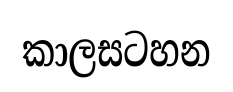
කාලසටහන